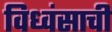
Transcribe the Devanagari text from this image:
विध्वंसाची